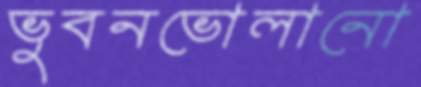
ভুবনভোলানো